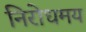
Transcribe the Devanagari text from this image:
निरोधमय